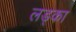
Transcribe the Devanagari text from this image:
लड्का